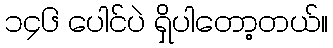
၁၄၆ ပေါင်ပဲ ရှိပါတော့တယ်။